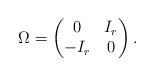
LaTeX: \begin{align*}\Omega=\begin{pmatrix}0 & I_r\\-I_r & 0\end{pmatrix}.\end{align*}